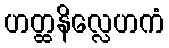
ဟတ္ထနိလ္လေဟကံ